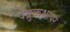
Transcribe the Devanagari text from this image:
पेंब्रुकशायर